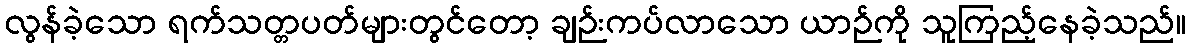
လွန်ခဲ့သော ရက်သတ္တပတ်များတွင်တော့ ချဉ်းကပ်လာသော ယာဉ်ကို သူကြည့်နေခဲ့သည်။